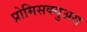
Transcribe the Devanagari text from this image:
प्रोमिसक्युअस